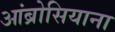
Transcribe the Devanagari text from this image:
आंब्रोसियाना